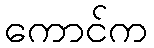
ကောင်က